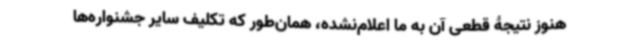
هنوز نتیجۀ قطعی آن به ما اعلام‌نشده، همان‌طور که تکلیف سایر جشنواره‌ها